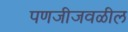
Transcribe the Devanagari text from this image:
पणजीजवळील